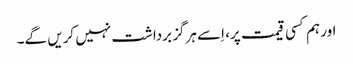
اور ہم کسی قیمت پر، اِسے ہرگز برداشت نہیں کریں گے۔